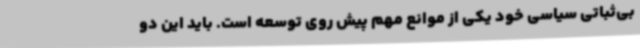
بی‌ثباتی سیاسی خود یکی از موانع مهم پیش روی توسعه است. باید این دو